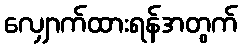
လျှောက်ထားရန်အတွက်